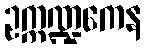
ဥက္ကဏ္ဍကေန